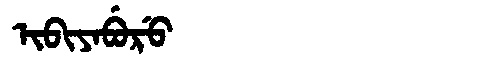
Manchu: ᡳᠪᡳᠶᠠᠪᡠᡵᡠ
Romanization: IBIYABURU